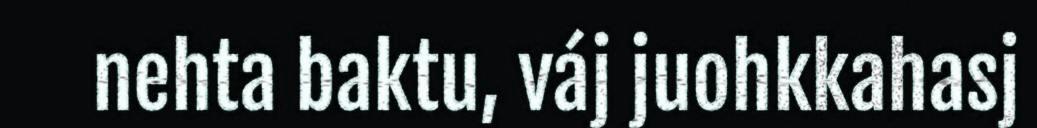
nehta baktu, váj juohkkahasj